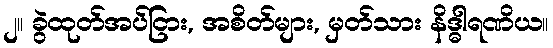
၂။ ခွဲထုတ်အပ်ငြား, အစိတ်များ, မှတ်သား နိဒ္ဓါရဏိယ။